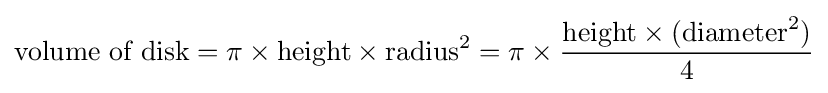
{\text{volume of disk}}=\pi \times {\text{height}}\times {\text{radius}}^{2}=\pi \times {\frac {{\text{height}}\times ({\text{diameter}}^{2})}{4}}